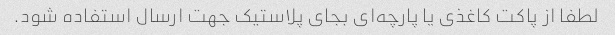
لطفا از پاکت کاغذی یا پارچه‌ای بجای پلاستیک جهت ارسال استفاده شود.